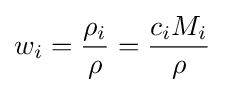
w_{i}={\frac {\rho _{i}}{\rho }}={\frac {c_{i}M_{i}}{\rho }}